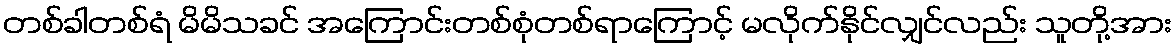
တစ်ခါတစ်ရံ မိမိသခင် အကြောင်းတစ်စုံတစ်ရာကြောင့် မလိုက်နိုင်လျှင်လည်း သူတို့အား